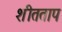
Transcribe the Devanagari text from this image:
शीतताप